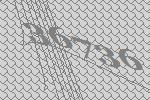
36736